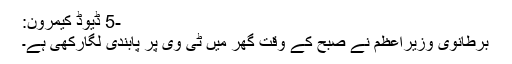
-5 ڈیوڈ کیمرون:
برطانوی وزیراعظم نے صبح کے وقت گھر میں ٹی وی پر پابندی لگارکھی ہے۔